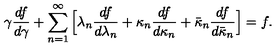
\gamma \frac { d f } { d \gamma } + \sum _ { n = 1 } ^ { \infty } \Big [ \lambda _ { n } \frac { d f } { d \lambda _ { n } } + \kappa _ { n } \frac { d f } { d \kappa _ { n } } + \bar { \kappa } _ { n } \frac { d f } { d \bar { \kappa } _ { n } } \Big ] = f .